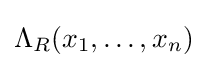
\Lambda _{R}(x_{1},\ldots ,x_{n})